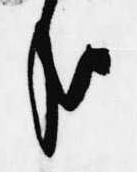
哉